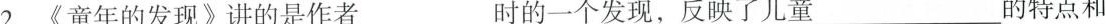
2.《童年的发现》讲的是作者时的一个发现，反映了儿童___的特点和